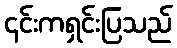
၎င်းကရှင်းပြသည်